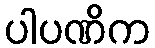
ပါပဏိက